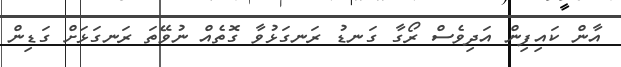
އާން ކައިފިން އަދިވެސް ރޯގާ ގަނޑު ރަނގަޅުވާ ގޮތެއް ނުވޭތަ ރަނގަޅަށް ގަޑިން